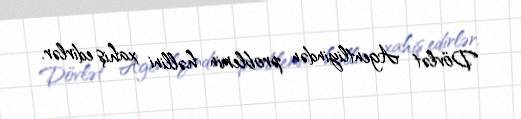
Dövlət Agentliyindən problemin həllini xahiş edirlər.